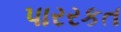
પારરકત